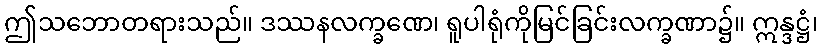
ဤသဘောတရားသည်။ ဒဿနလက္ခဏေ၊ ရူပါရုံကိုမြင်ခြင်းလက္ခဏာ၌။ ဣန္ဒဋ္ဌံ၊